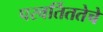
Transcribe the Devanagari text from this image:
परवर्तिततेचे